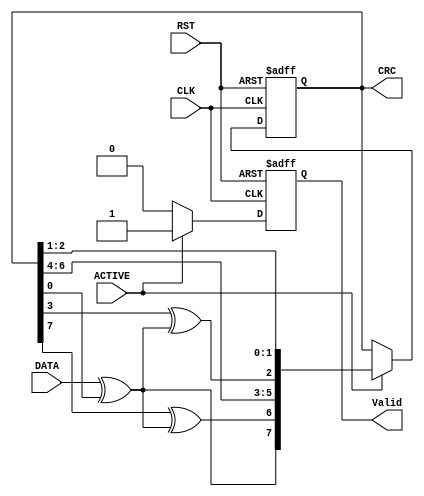
module CRC_BLOCK (
    input DATA,ACTIVE,CLK,RST,output reg [7:0] CRC,output reg Valid 
);
reg [7:0] CRC_COMB;
reg feedback;
integer counter;
reg [7:0] taps = 8'b01000100;
    always@(*)
    begin
        feedback = DATA^CRC[0];
        //CRC_COMB=>D,CRC=>Q
        CRC_COMB[7]=feedback;
        for(counter=6;counter>=0;counter=counter-1)
        begin
            if(taps[counter]==1)
                begin
                 CRC_COMB[counter] = CRC[counter+1]^feedback;  
                end
            else
                begin
                 CRC_COMB[counter] = CRC[counter+1]; 
                end

        end
        
    end
    always@(posedge CLK or negedge RST)
    begin
        if(!RST)
        begin
            CRC<=8'hD8;
            Valid<=0;
        end
        else
        begin
            if(ACTIVE)
            begin
            CRC<=CRC_COMB;
            Valid<=1;
            end
            else
            Valid<=0;
        end

    end
endmodule